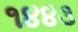
૧૪૪૩